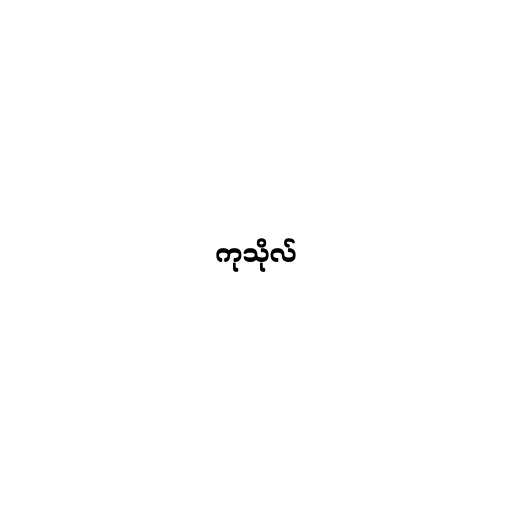
ကုသိုလ်